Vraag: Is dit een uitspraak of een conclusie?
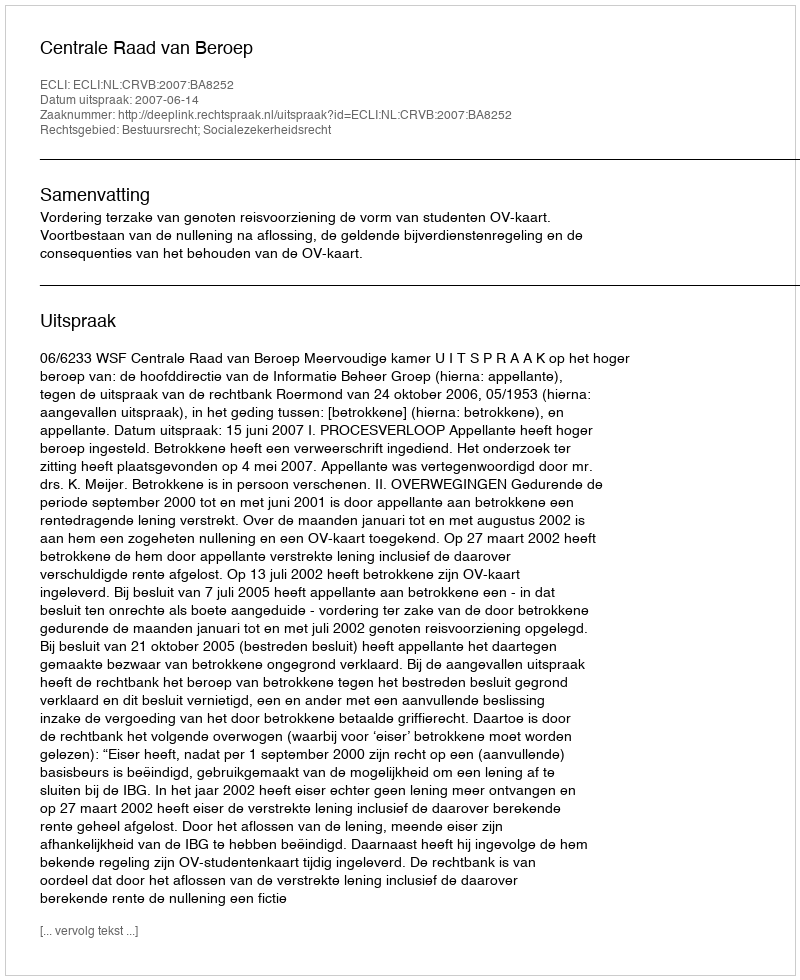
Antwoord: Uitspraak